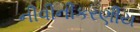
નીવીનીકરણીય